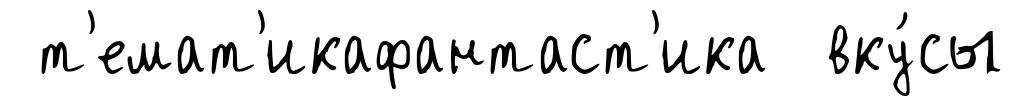
т'емат'икафантаст'ика вку́сы